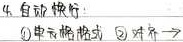
4. 自动换行：\textcircled{1} 单元格格式  \textcircled{2} 对齐→